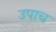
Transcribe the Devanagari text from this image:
उपाच